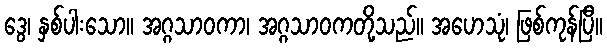
ဒွေ၊ နှစ်ပါးသော။ အဂ္ဂသာဝကာ၊ အဂ္ဂသာဝကတို့သည်။ အဟေသုံ၊ ဖြစ်ကုန်ပြီ။